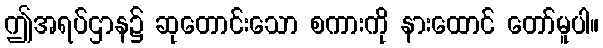
ဤအရပ်ဌာန၌ ဆုတောင်းသော စကားကို နားထောင် တော်မူပါ။